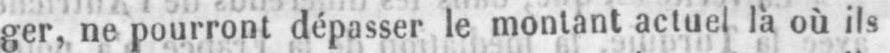
ger, ne pourront dépasser le montant actuel là où ils